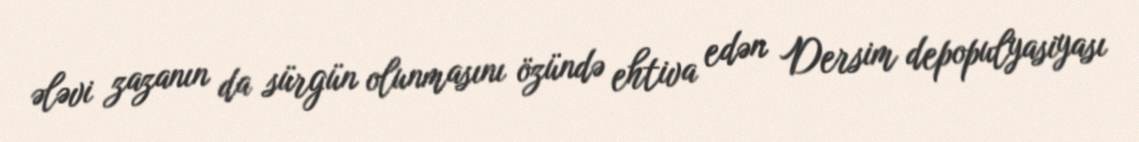
ələvi zazanın da sürgün olunmasını özündə ehtiva edən Dersim depopulyasiyası